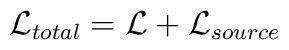
{\cal L}_{total} = {\cal L}  + {\cal L}_{source}